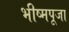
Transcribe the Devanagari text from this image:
भीष्मपूजा